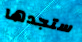
ستجدها